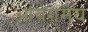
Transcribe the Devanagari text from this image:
आवेगमय